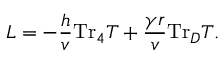
{ \cal L } = - \frac { h } { v } \mathrm { T r } _ { 4 } T + \frac { \gamma r } { v } \mathrm { T r } _ { D } T .